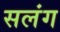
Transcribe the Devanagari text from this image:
सलंग